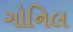
ગોનિલ